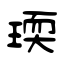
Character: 瑌